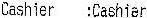
CASHIER :CASHIER